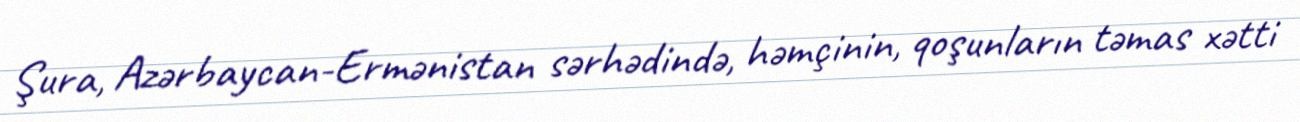
Şura, Azərbaycan-Ermənistan sərhədində, həmçinin, qoşunların təmas xətti